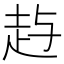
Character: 𰷱